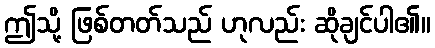
ဤသို့ ဖြစ်တတ်သည် ဟုလည်း ဆိုချင်ပါ၏။